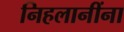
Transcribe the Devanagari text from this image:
निहलानींना